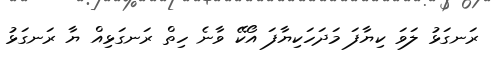
ރަނގަޅު ލަވަ ކިޔާފަ މަދަހަކިޔާފަ އޯކޭ ވާނެ ހިތް ރަނގަޅިއް ޔާ ރަނގަޅު